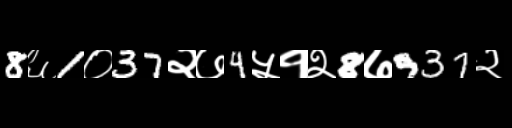
Text: 8६1०37२७4५१२8७937२